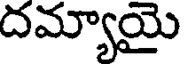
దమ్యాయై